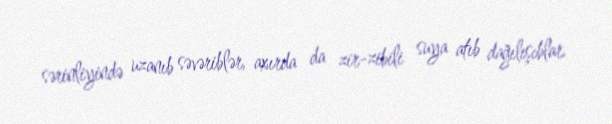
sərinliyində uzanıb səvəriblər, axırda da zir-zibili suya atıb dağılışıblar.